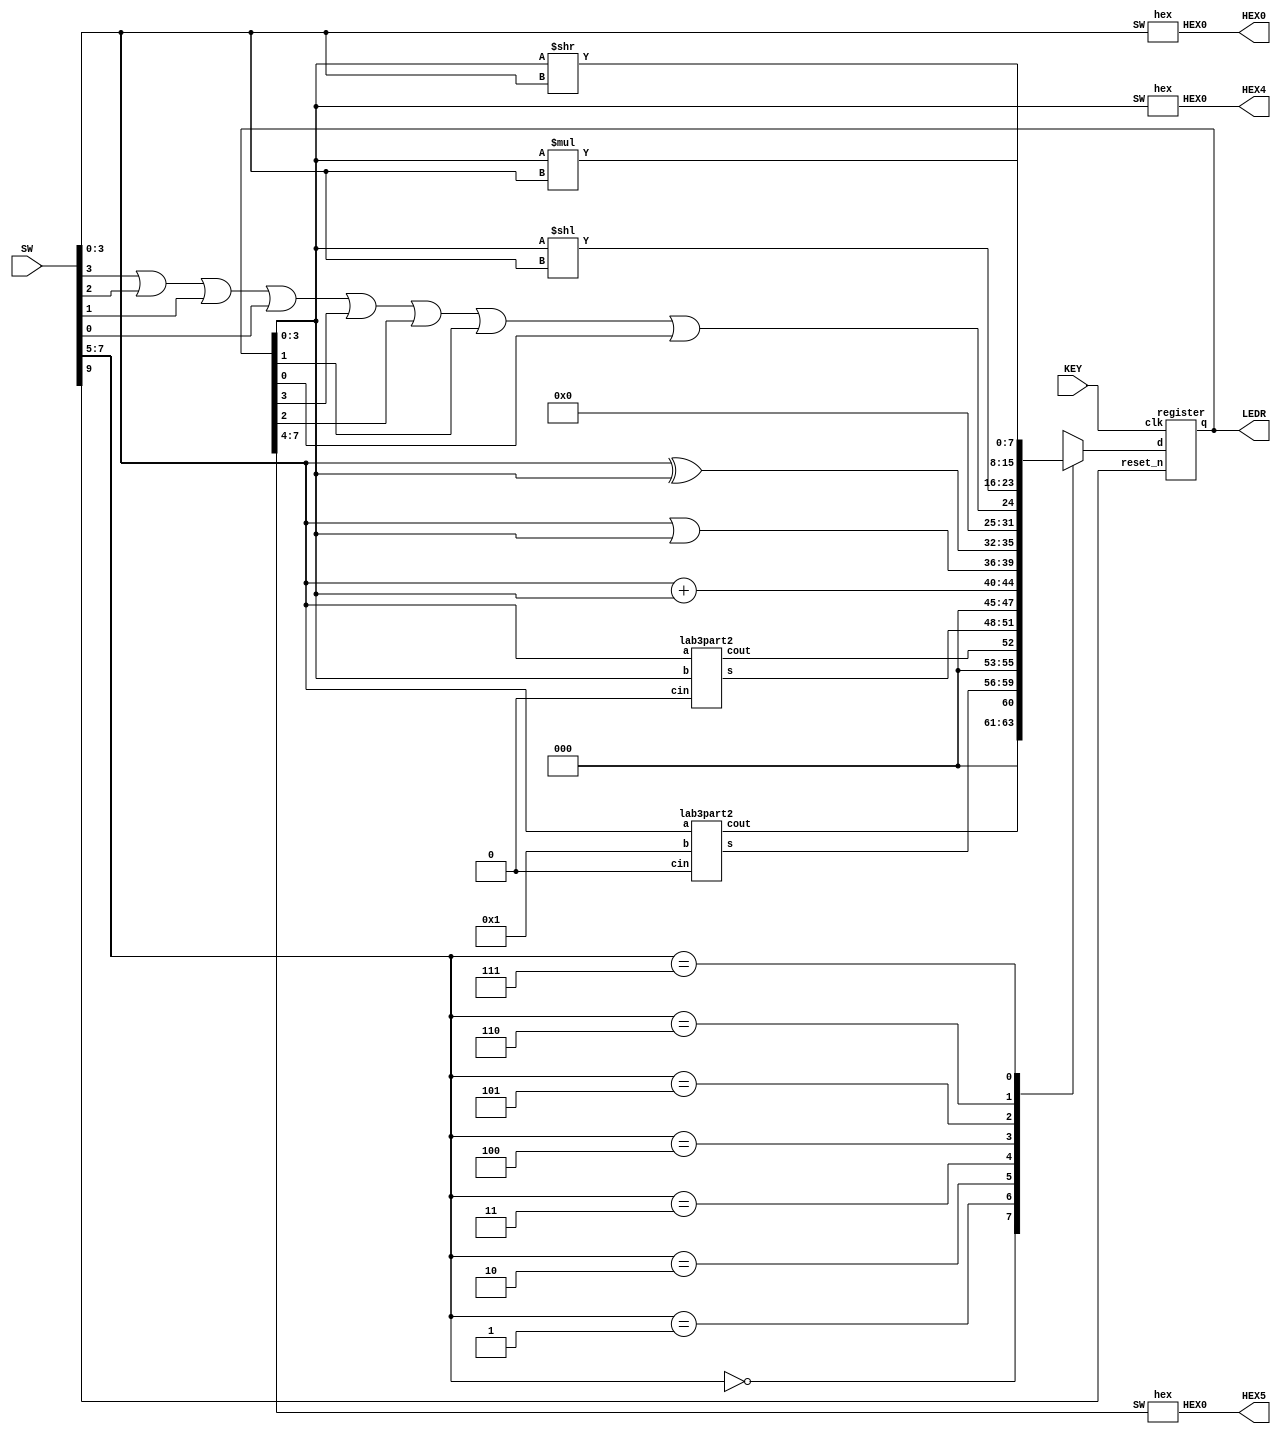
//Data(A) SW[3:0]

module lab4part2(LEDR, SW, KEY, HEX0, HEX4, HEX5);
	input [9:0] SW;
	input [0:0] KEY;
	output [7:0] LEDR;
	output [6:0] HEX0, HEX4, HEX5;
	wire [3:0] alu1;
	wire [3:0] alu2;
	wire cout1;
	wire cout2;
	wire [7:0] registerout;
	reg [7:0] Out;

	register r1(Out, KEY[0], SW[9], registerout);
	lab3part2 function1(SW[3:0], 4'b0001, 1'b0, alu1[3:0], cout1);
	lab3part2 function2(SW[3:0], registerout[3:0], 1'b0, alu2[3:0], cout2);

	always @(*)
    begin
        case (SW[7:5]) 
            3'b000: Out = {3'b000, cout1, alu1[3:0]};
            3'b001: Out = {3'b000, cout2, alu2[3:0]};
            3'b010: Out = SW[3:0] + registerout[3:0];
            3'b011: Out = {SW[3:0] | registerout[3:0], SW[3:0] ^ registerout[3:0]};
            3'b100: Out = {7'b0000000, SW[3] | SW[2] | SW[1] | SW[0] | registerout[3] | registerout[2] | registerout[1] | registerout[0]};
            3'b101: Out = registerout[3:0] << SW[3:0];
            3'b110: Out = registerout[3:0] >> SW[3:0];
            3'b111: Out = registerout[3:0] * SW[3:0];
            default : Out = 8'b00000000;
        endcase
    end

    assign LEDR = registerout;

    hex hex0(HEX0[6:0], SW[3:0]);
    hex hex4(HEX4[6:0], registerout[3:0]);
    hex hex5(HEX5[6:0], registerout[7:4]);
endmodule

module register(d, clk, reset_n, q);
	input [7:0] d;
	input clk, reset_n;
	output [7:0] q;
	reg [7:0] q;
	always @(posedge clk)
	begin
		if (reset_n == 1'b0)
			q <= 8'b00000000;
		else
			q <= d;
	end
endmodule

module lab3part2(a, b, cin, s, cout);
	input [3:0] a;
	input [3:0] b;
	input cin;
	output [3:0] s;
	output cout;

	wire connect1, connect2, connect3;

	fulladder fa1(a[0], b[0], cin, s[0], connect1);
	fulladder fa2(a[1], b[1], connect1, s[1], connect2);
	fulladder fa3(a[2], b[2], connect2, s[2], connect3);
	fulladder fa4(a[3], b[3], connect3, s[3], cout);
endmodule

module fulladder(x, y, z, u, v);
	input x, y, z;
	output u, v;

	assign u = (x ^ y ^ z) | (x & y & z);
	assign v = (x & y) | (z & (x ^ y));
endmodule
	
module hex(HEX0, SW);
    input [3:0] SW;
    output [6:0] HEX0;

    assign HEX0[0] = (~SW[3] & ~SW[2] & ~SW[1] & SW[0]) | (~SW[3] & SW[2] & ~SW[1] & SW[0]) | (SW[3] & SW[2] & ~SW[1] & SW[0]) | (SW[3] & ~SW[2] & SW[1] & SW[0]);

    assign HEX0[1] = (~SW[3] & SW[2] & ~SW[1] & SW[0]) | (SW[2] & SW[1] & ~SW[0]) | (SW[3] & SW[2] & ~SW[0]) | (SW[3] & SW[1] & SW[0]);

    assign HEX0[2] = (~SW[3] & ~SW[2] & SW[1] & ~SW[0]) | (SW[3] & SW[2] & SW[1]) | (SW[3] & SW[2] & ~SW[0]) ;

    assign HEX0[3] = (~SW[3] & ~SW[2] & ~SW[1] & SW[0]) | (~SW[3] & SW[2] & ~SW[1] & ~SW[0]) | (SW[2] & SW[1] & SW[0]) | (SW[3] & ~SW[2] & SW[1] & ~SW[0]);

    assign HEX0[4] = (~SW[3] & SW[0]) | (~SW[2] & ~SW[1] & SW[0]) | (~SW[3] & SW[2] & ~SW[1]);

    assign HEX0[5] = (~SW[3] & ~SW[2] & SW[0]) | (~SW[3] & ~SW[2] & SW[1]) | (~SW[3] & SW[1] & SW[0]) | (SW[3] & SW[2] & ~SW[1] & SW[0]);

    assign HEX0[6] = (~SW[3] & ~SW[2] & ~SW[1]) | (SW[3] & SW[2] & ~SW[1] & ~SW[0]) | (~SW[3] & SW[2] & SW[1] & SW[0]);

endmodule